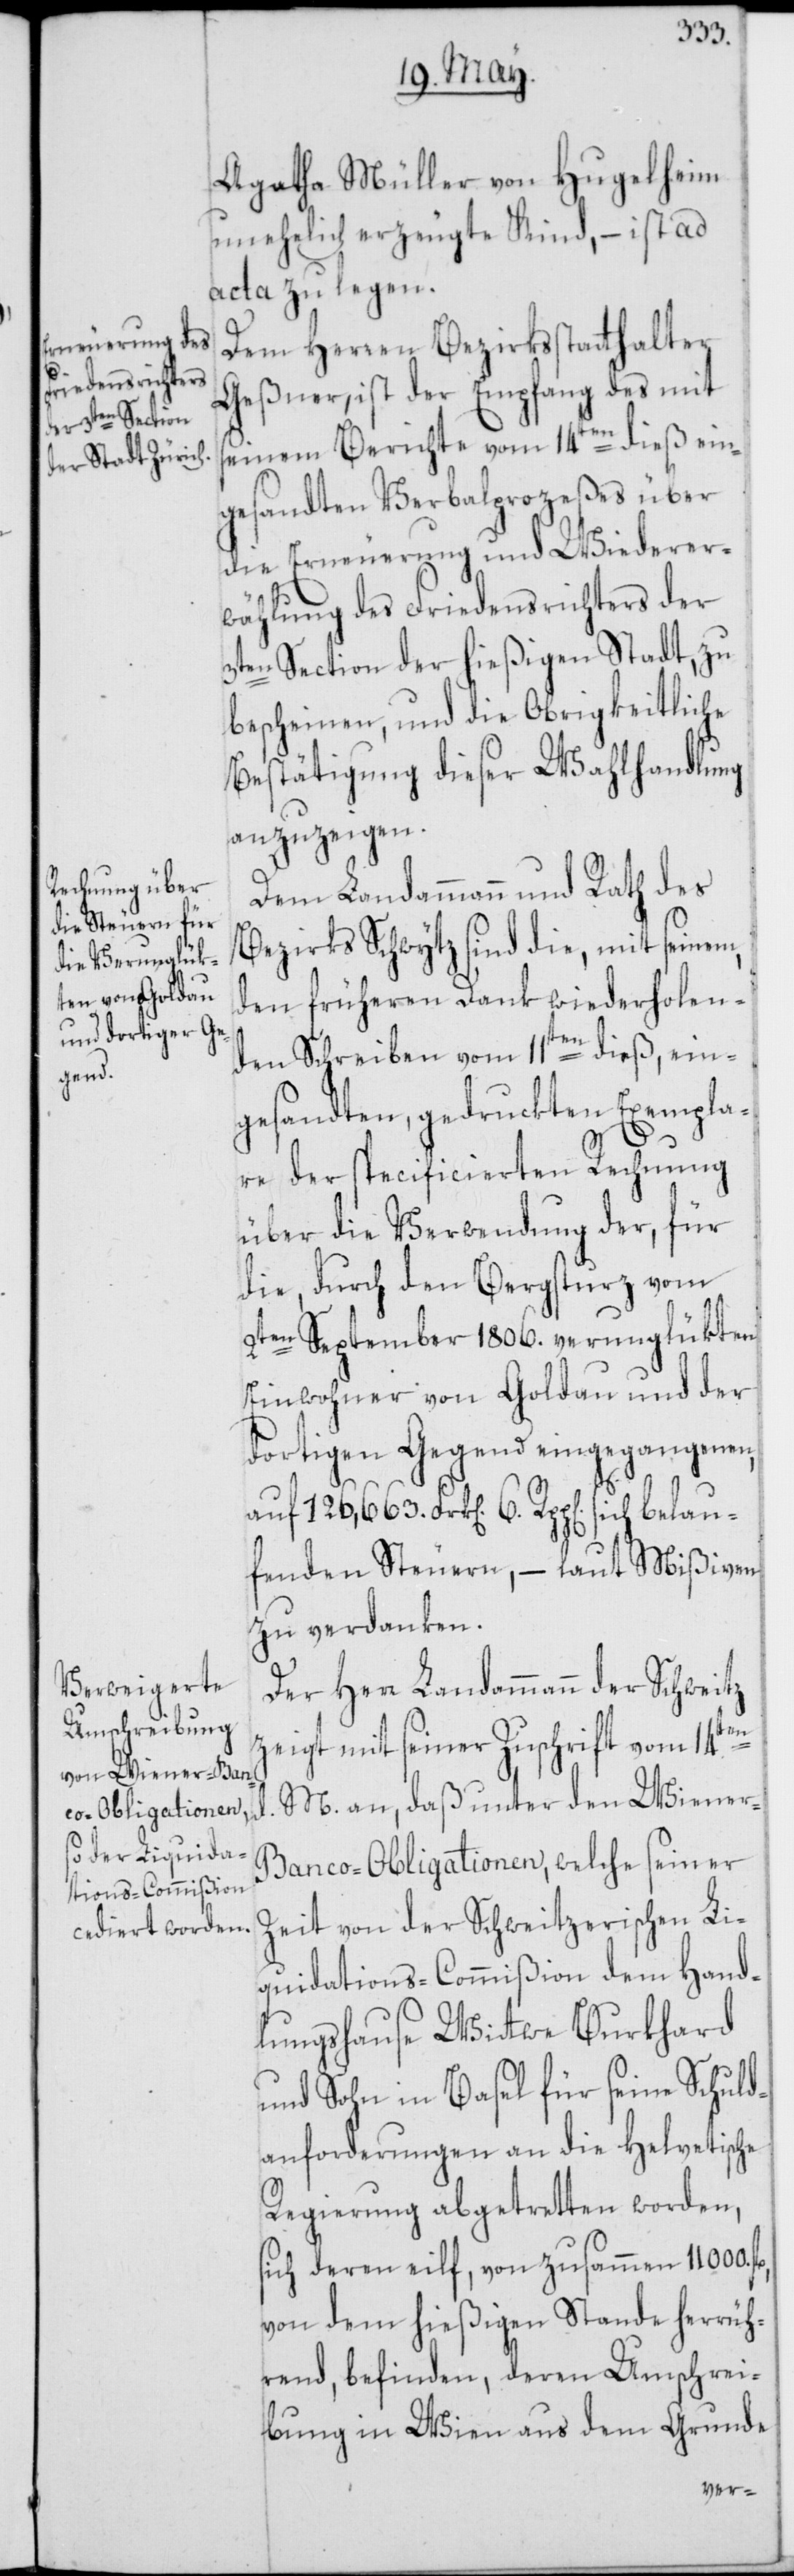
sich belau¬

Agatha Müller von Hugelheim
unehelich erzeugte Kind, – ist ad
acta zu legen.
Dem Herren Bezirksstatthalter
Geßner, ist der Empfang des mit
seinem Berichte vom 14ten dieß ein¬
gesandten Verbalprozeßes über
die Erneuerung und Wiederer¬
wählung des Friedensrichters der
3ten Section der hießigen Stadt, zu
bescheinen, und die Obrigkeitliche
Bestätigung dieser Wahlhandlung
anzuzeigen.
Dem Landammann und Rath des
Bezirks Schwytz sind die, mit seinem,
den früheren Dank wiederholen¬
den Schreiben vom 11ten dieß, ein¬
gesandten, gedruckten Exempla¬
6.
d.
re der specificierten Rechnung
über die Verwendung der, für
die, durch den Bergsturz vom
2ten September 1806. verunglükten
Einwohner von Goldau und der
dortigen Gegend eingegangenen,
fenden Steuern, – laut Mißiven
zu verdanken.
Der Herr Landammann der Schweitz
zeigt mit seiner Zuschrift vom 14ten
M. an, daß unter den Wiener-B¬
anco-Obligationen, welche seiner
Zeit von der Schweitzerischen Li¬
quidations-Commißion dem Hand¬
lungshause Wittwe Burkhard
und Sohn in Basel für seine Schuld¬
anforderungen an die Helvetische
Regierung abgetretten worden,
sich deren eilf, von zusammen 11 000.
von dem hießigen Stande herrüh¬
rend, befinden, deren Umschrei¬
bung in Wien aus dem Grunde